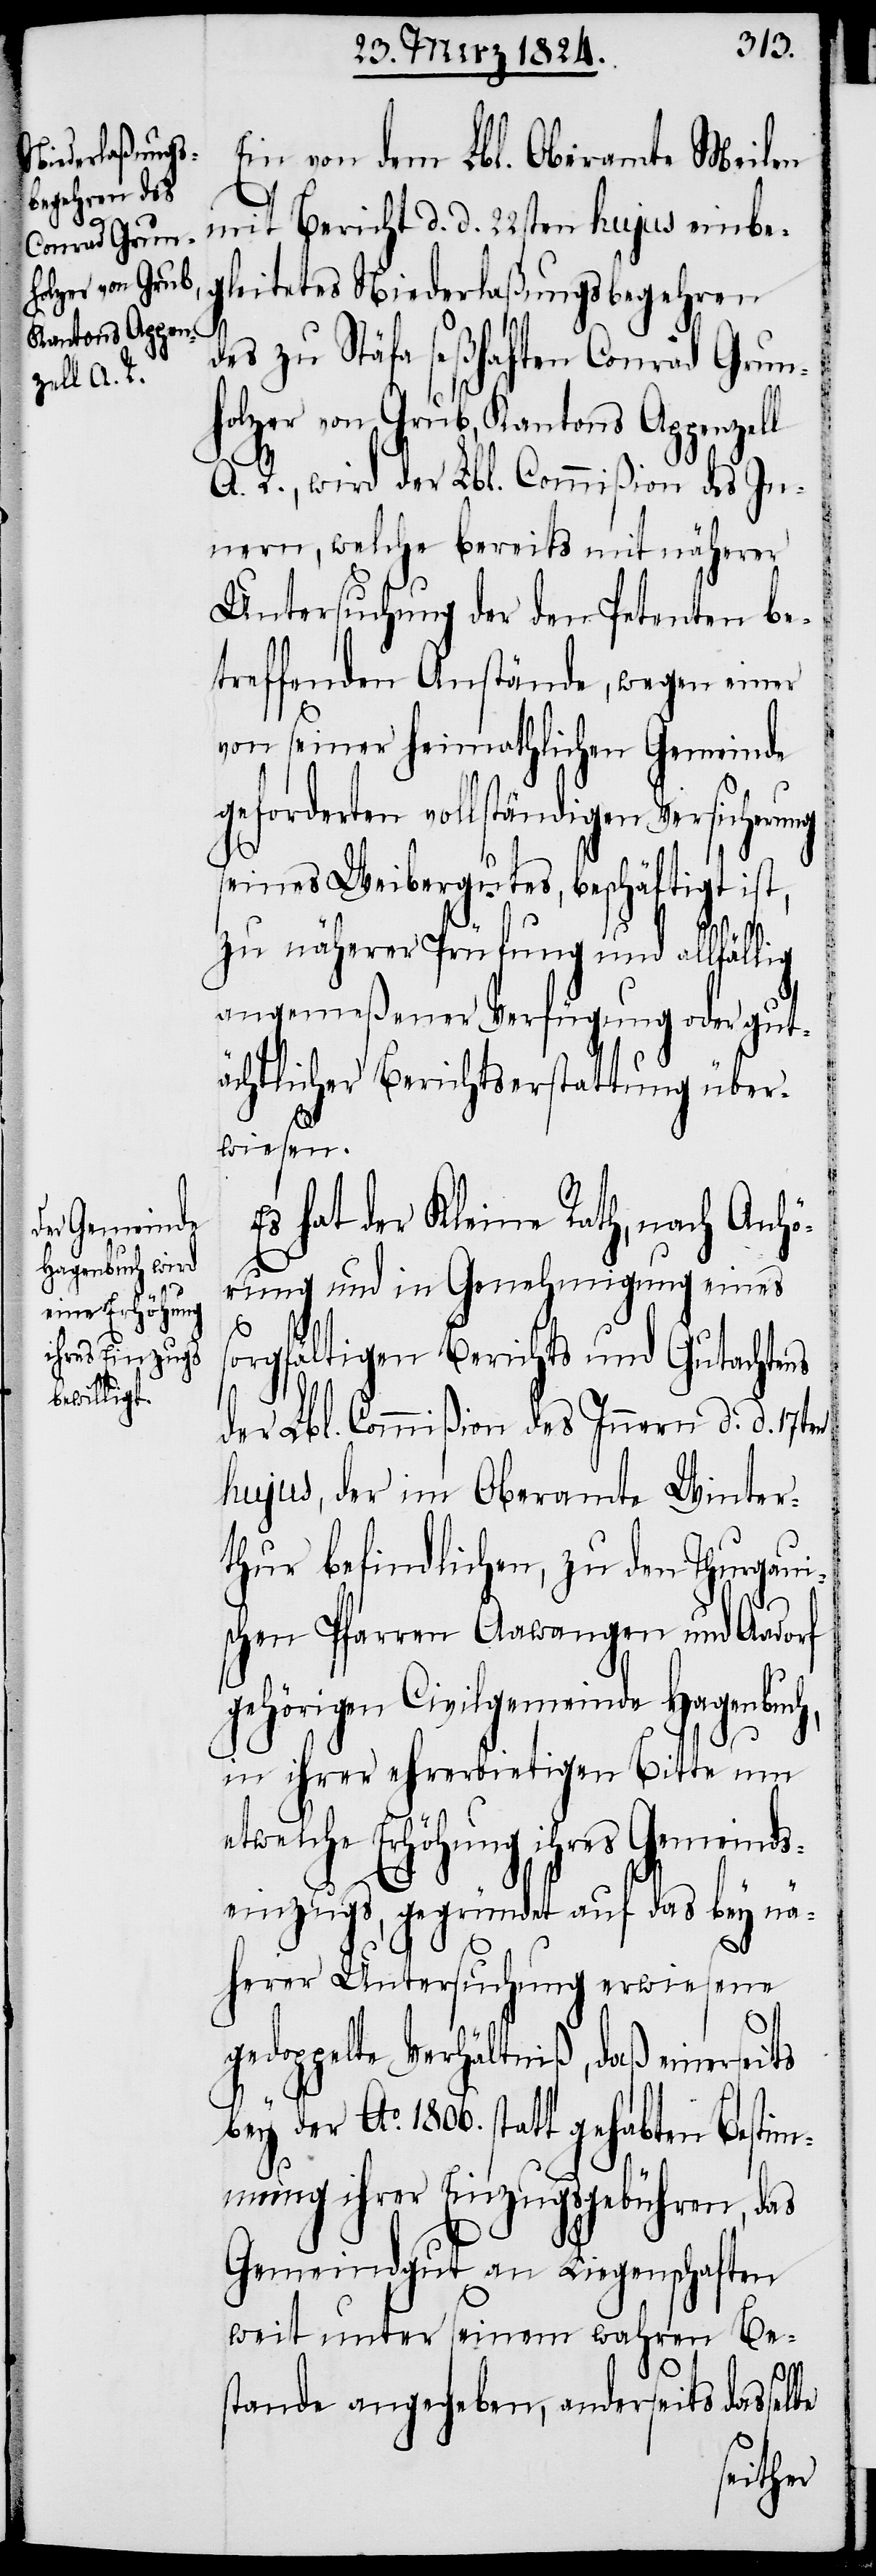
rung
e¬

Ein von dem Lbl. Oberamte Meilen
mit Bericht d. d. 22sten hujus einbe¬
gleitetes Niederlaßungsbegehren
des zu Stäfa seßhaften Conrad Grun¬
holzer von Grub, Kantons Appenzell
A. R., wird der Lbl. Commißion des In¬
nern, welche bereits mit näherer
Untersuchung der den Petenten be¬
treffenden Anstände, wegen einer
von seiner heimathlichen Versiche¬
seines Weibergutes, beschäftigt ist,
zu näherer Prüfung und allfällig
angemeßener Verfügung oder gut¬
ächtlicher Berichtserstattung über¬
wiesen.
Es hat der Kleine Rath, nach Anhö¬
rung und in Genehmigung eines
sorgfältigen Berichts und Gutachtens
der Lbl. Commißion des Innern d. d. 17ten
hujus, der im Oberamte Winter¬
thur befindlichen, zu den Thurgaui¬
schen Pfarren Aawangen und Aadorf
gehörigen Civilgemeinde Hagenbu¬
in ihrer ehrerbietigen Bitte um
twelche Erhöhung ihres Gemeinds¬
einzugs, gegründet auf das bey nä¬
herer Untersuchung erwiesene
gedoppelte Verhältniß, daß einersei¬
bey der Ao. 1806. statt gehabten Bestim¬
mung ihrer Einzugsgebühren, das
Gemeindgut an Liegenschaften
weit unter seinem wahren Be¬
stande angegeben, anderseits dasselbe

ts